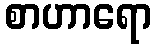
စာဟာရော